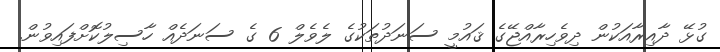
ގުޅޭ ދާއިރާއަކުން ދިވެހިރާއްޖޭގެ ޤައުމީ ސަނަދުތަކުގެ ލެވެލް 6 ގެ ސަނަދެއް ހާސިލުކޮށްފައިވުން.